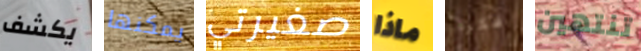
يكشف يمكنها صغيرتي ماذا فكرة تنتهين